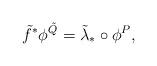
LaTeX: \begin{align*} \tilde{f}^*\phi^{\tilde{Q}} = \tilde{\lambda}_*\circ \phi^{P},\end{align*}